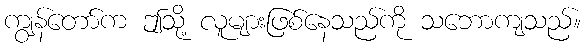
ကျွန်တော်က ဤသို့ လူများဖြစ်နေသည်ကို သဘောကျသည်။